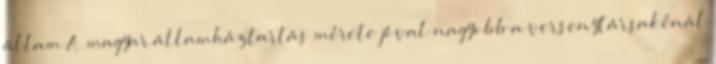
állam A magyar államháztartás mérete jóval nagyobb a versenytársakénál